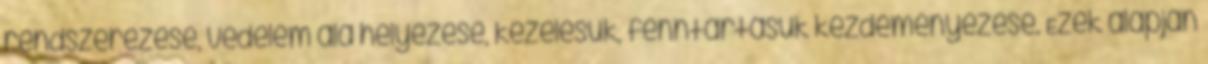
rendszerezése, védelem alá helyezése, kezelésük, fenntartásuk kezdeményezése. Ezek alapján